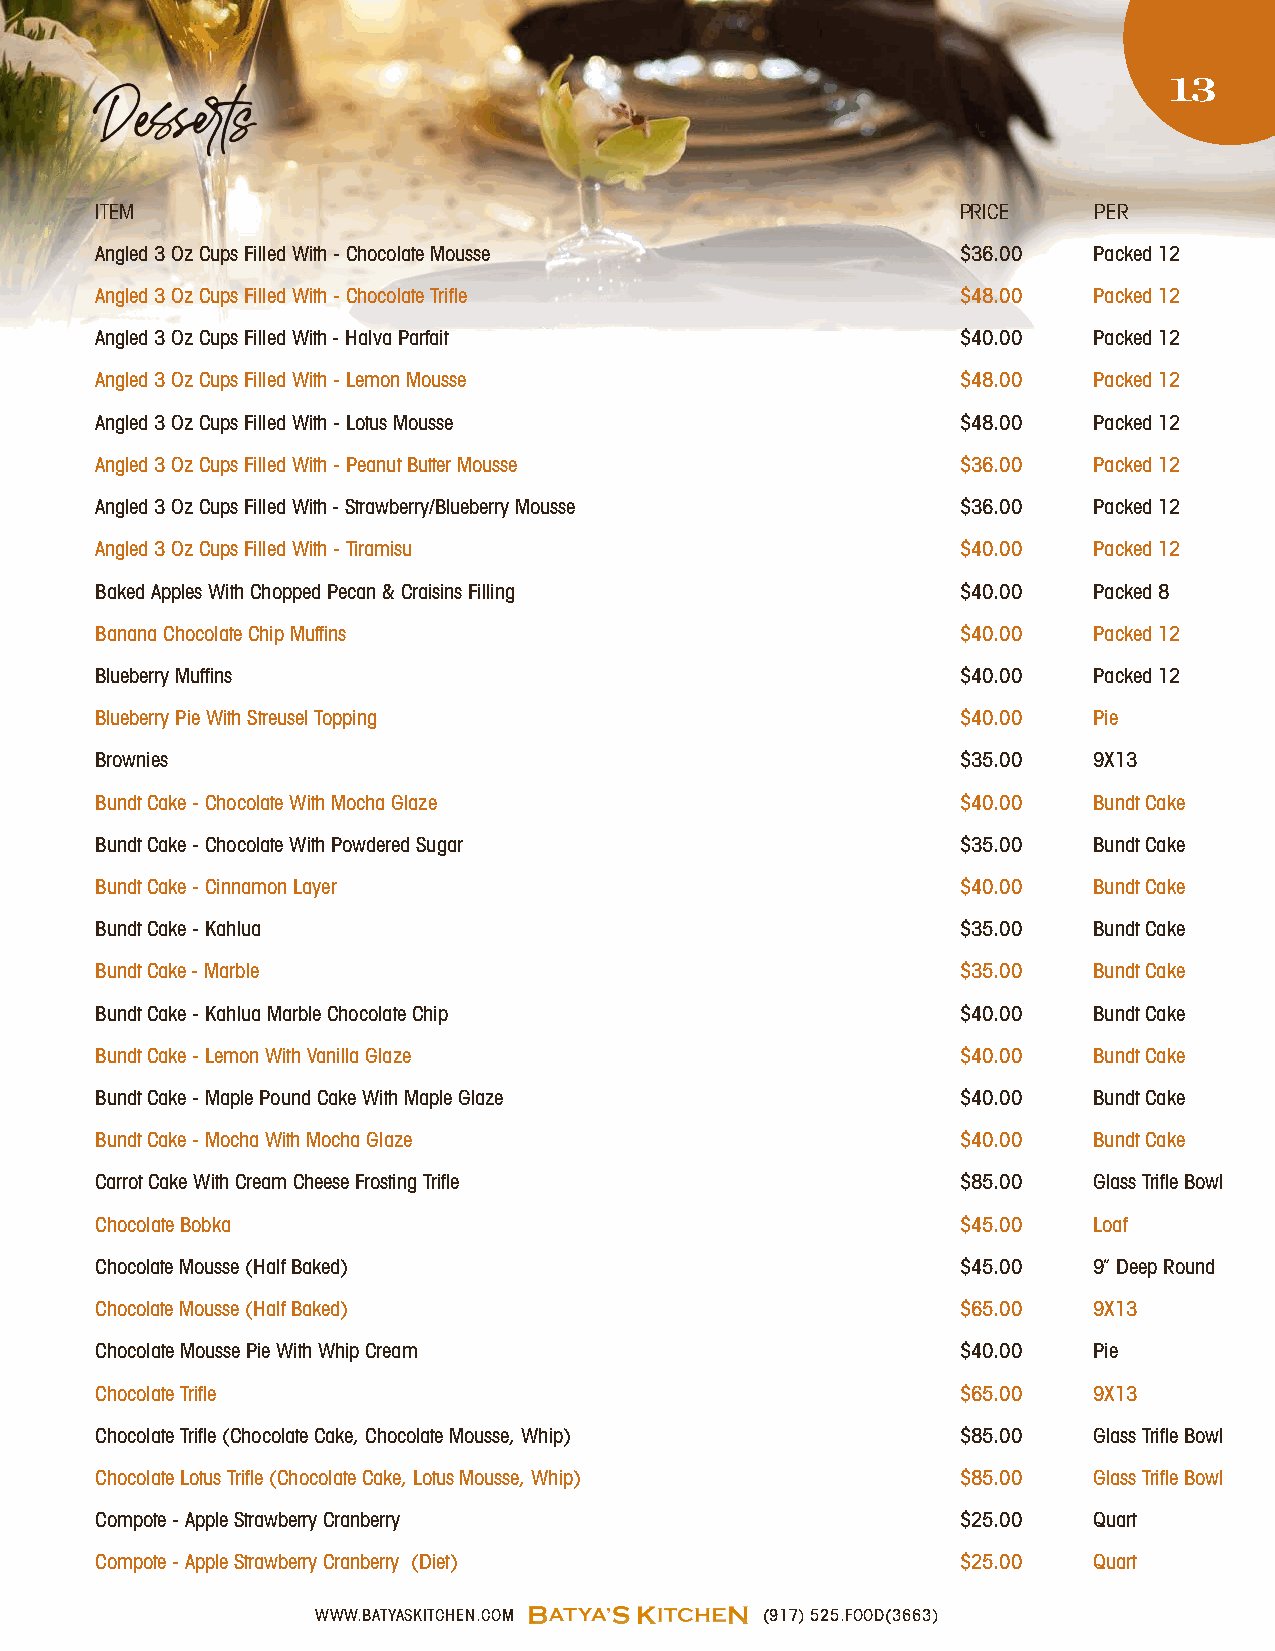
13
 Desserts
 ITEM                                                      PRICE   PER
 Angled 3 Oz Cups Filled With - Chocolate Mousse           $36.00  Packed 12
 Angled 3 Oz Cups Filled With - Chocolate Trifle           $48.00  Packed 12
 Angled 3 Oz Cups Filled With - Halva Parfait              $40.00  Packed 12
 Angled 3 Oz Cups Filled With - Lemon Mousse               $48.00  Packed 12
 Angled 3 Oz Cups Filled With - Lotus Mousse               $48.00  Packed 12
 Angled 3 Oz Cups Filled With - Peanut Butter Mousse       $36.00  Packed 12
 Angled 3 Oz Cups Filled With - Strawberry/Blueberry Mousse $36.00 Packed 12
 Angled 3 Oz Cups Filled With - Tiramisu                   $40.00  Packed 12
 Baked Apples With Chopped Pecan & Craisins Filling        $40.00  Packed 8
 Banana Chocolate Chip Muffins                             $40.00  Packed 12
 Blueberry Muffins                                         $40.00  Packed 12
 Blueberry Pie With Streusel Topping                       $40.00  Pie
 Brownies                                                  $35.00  9X13
 Bundt Cake - Chocolate With Mocha Glaze                   $40.00  Bundt Cake
 Bundt Cake - Chocolate With Powdered Sugar                $35.00  Bundt Cake
 Bundt Cake - Cinnamon Layer                               $40.00  Bundt Cake
 Bundt Cake - Kahlua                                       $35.00  Bundt Cake
 Bundt Cake - Marble                                       $35.00  Bundt Cake
 Bundt Cake - Kahlua Marble Chocolate Chip                 $40.00  Bundt Cake
 Bundt Cake - Lemon With Vanilla Glaze                     $40.00  Bundt Cake
 Bundt Cake - Maple Pound Cake With Maple Glaze            $40.00  Bundt Cake
 Bundt Cake - Mocha With Mocha Glaze                       $40.00  Bundt Cake
 Carrot Cake With Cream Cheese Frosting Trifle             $85.00  Glass Trifle Bowl
 Chocolate Bobka                                           $45.00  Loaf
 Chocolate Mousse (Half Baked)                             $45.00  9” Deep Round
 Chocolate Mousse (Half Baked)                             $65.00  9X13
 Chocolate Mousse Pie With Whip Cream                      $40.00  Pie
 Chocolate Trifle                                          $65.00  9X13
 Chocolate Trifle (Chocolate Cake, Chocolate Mousse, Whip) $85.00  Glass Trifle Bowl
 Chocolate Lotus Trifle (Chocolate Cake, Lotus Mousse, Whip) $85.00 Glass Trifle Bowl
 Compote - Apple Strawberry Cranberry                      $25.00  Quart
 Compote - Apple Strawberry Cranberry (Diet)               $25.00  Quart
 WWW.BATYASKITCHEN.COM         (917) 525.FOOD(3663)